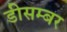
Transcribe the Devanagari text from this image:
डीसम्बर